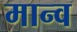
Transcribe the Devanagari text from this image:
मान्व